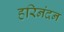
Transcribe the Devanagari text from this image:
हरिनंदन